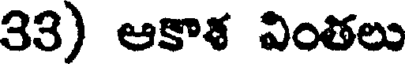
33) ఆకాళ వింతలు